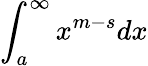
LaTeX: \int_{a}^{\infty}x^{m-s}dx